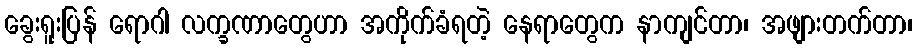
ခွေးရူးပြန် ရောဂါ လက္ခဏာတွေဟာ အကိုက်ခံရတဲ့ နေရာတွေက နာကျင်တာ၊ အဖျားတက်တာ၊